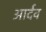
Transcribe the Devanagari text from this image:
आर्दव